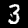
Label: 3